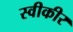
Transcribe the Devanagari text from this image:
स्वीकीर